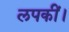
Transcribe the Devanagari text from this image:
लपकीं।